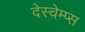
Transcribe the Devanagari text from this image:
देस्चेम्प्स